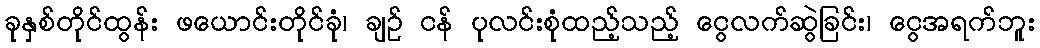
ခုနှစ်တိုင်ထွန်း ဖယောင်းတိုင်ခုံ၊ ချဉ် ငန် ပုလင်းစုံထည့်သည့် ငွေလက်ဆွဲခြင်း၊ ငွေအရက်ဘူး